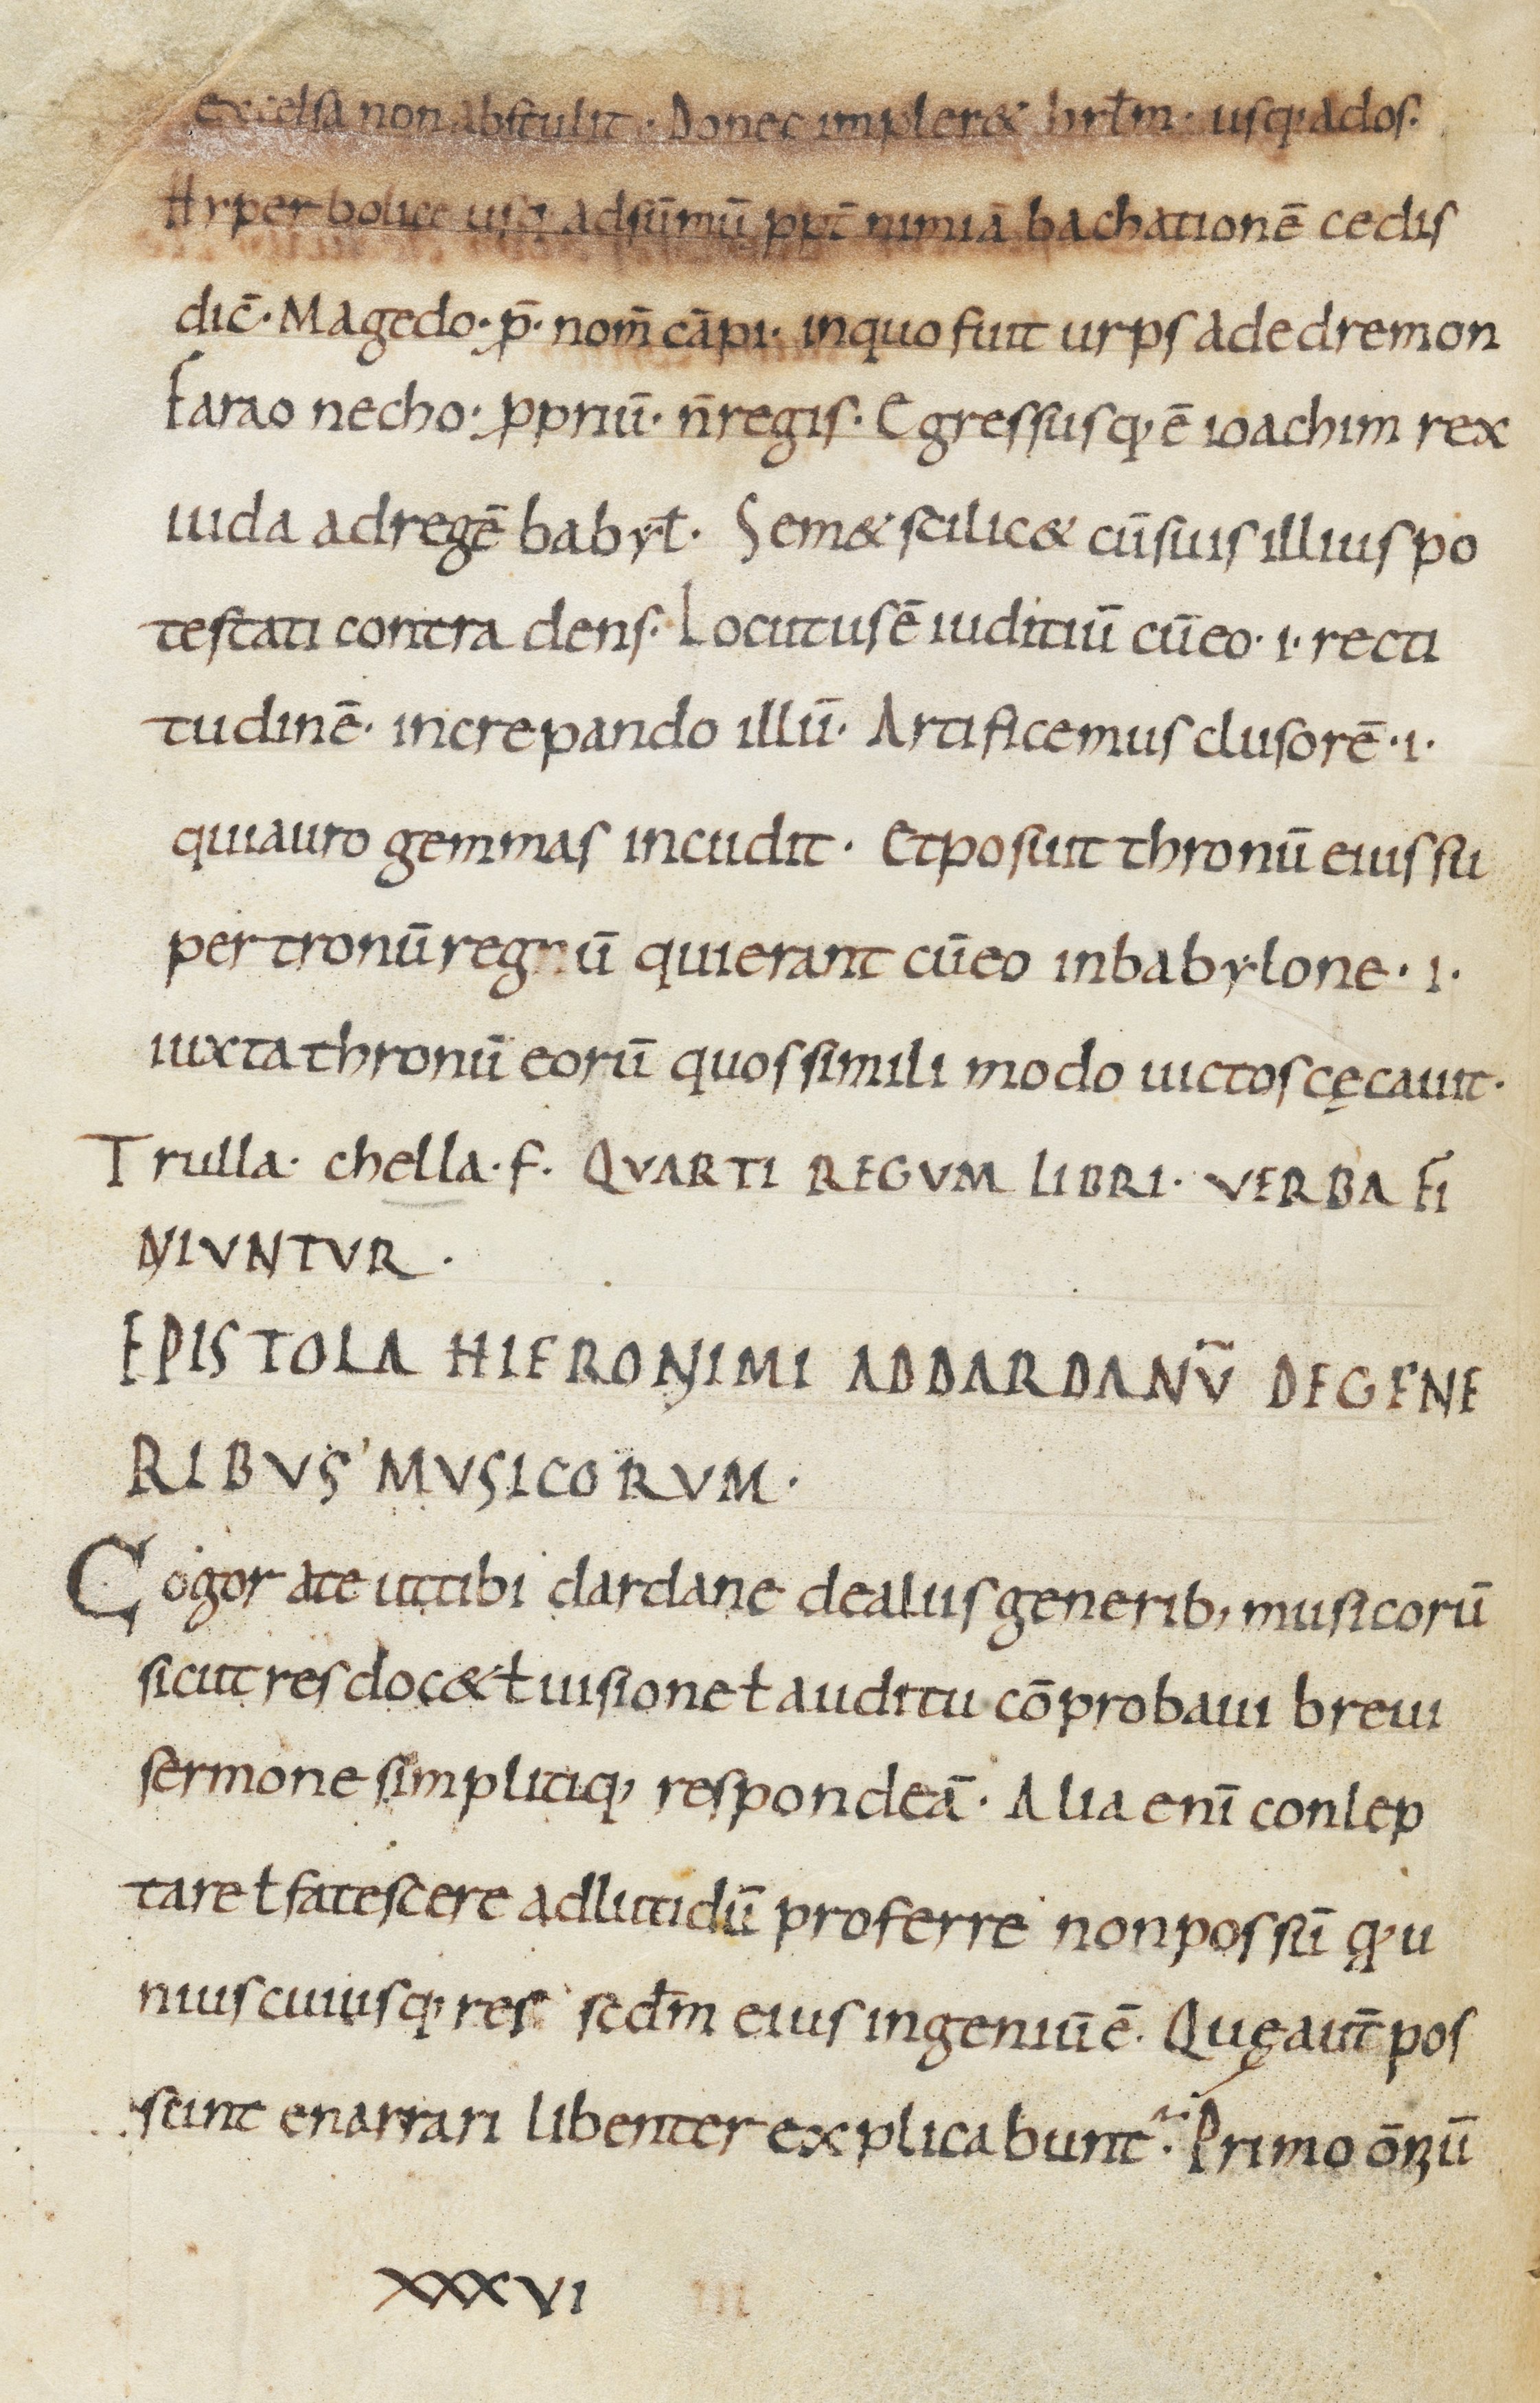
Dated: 800–999